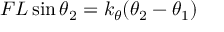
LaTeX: F L \sin \theta _ { 2 } = k _ { \theta } ( \theta _ { 2 } - \theta _ { 1 } )